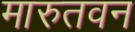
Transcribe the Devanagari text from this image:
मारुतवन